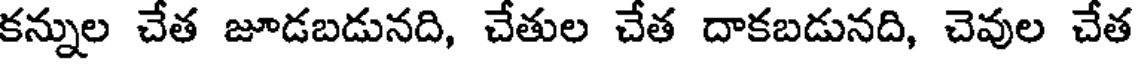
కన్నుల చేత జూడబడునది, చేతుల చేత దాకబడునది, చెవుల చేత